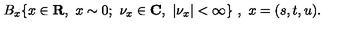
B _ { x } \{ x \in { \bf R } , \ x \sim 0 ; \ { \nu } _ { x } \in { \bf C } , \ | { \nu } _ { x } | < \infty \} \ , \ x = ( s , t , u ) .